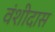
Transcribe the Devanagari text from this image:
वंशीदास